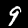
Digit: 9